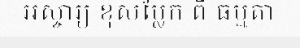
អស្ចារ្យ ខុសប្លែក ពី ធម្មតា